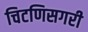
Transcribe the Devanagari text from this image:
चिटणिसगरी